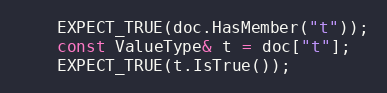
Language: C++
    EXPECT_TRUE(doc.HasMember("t"));
    const ValueType& t = doc["t"];
    EXPECT_TRUE(t.IsTrue());